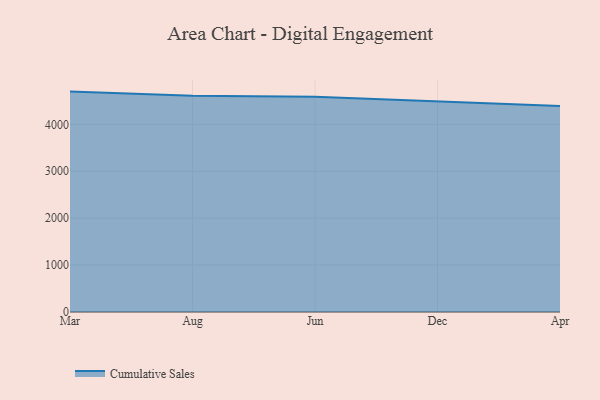
{"axis": {"x": "Month", "y": "LTV (USD)"}, "legend": ["Cumulative Sales"], "data": [{"x": "Mar", "y": 4696.8, "type": "Cumulative Sales"}, {"x": "Aug", "y": 4610.6, "type": "Cumulative Sales"}, {"x": "Jun", "y": 4588.0, "type": "Cumulative Sales"}, {"x": "Dec", "y": 4497.5, "type": "Cumulative Sales"}, {"x": "Apr", "y": 4391.9, "type": "Cumulative Sales"}]}